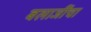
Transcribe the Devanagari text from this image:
बलाजींचा